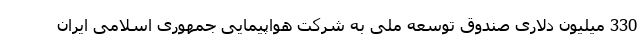
330 میلیون دلاری صندوق توسعه ملی به شرکت هواپیمایی جمهوری اسلامی ایران